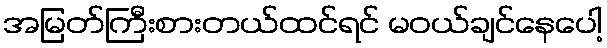
အမြတ်ကြီးစားတယ်ထင်ရင် မဝယ်ချင်နေပေါ့